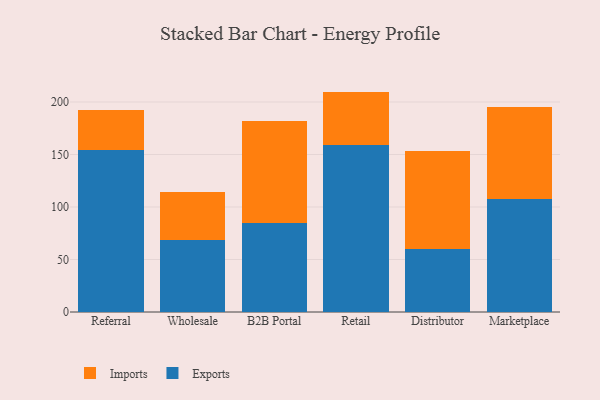
{"axis": {"x": "Channel", "y": "Latency (ms)"}, "legend": ["Exports", "Imports"], "data": [{"x": "Referral", "y": 154.7, "type": "Exports"}, {"x": "Referral", "y": 38.1, "type": "Imports"}, {"x": "Wholesale", "y": 68.5, "type": "Exports"}, {"x": "Wholesale", "y": 45.4, "type": "Imports"}, {"x": "B2B Portal", "y": 84.6, "type": "Exports"}, {"x": "B2B Portal", "y": 96.9, "type": "Imports"}, {"x": "Retail", "y": 159.3, "type": "Exports"}, {"x": "Retail", "y": 50.6, "type": "Imports"}, {"x": "Distributor", "y": 60.0, "type": "Exports"}, {"x": "Distributor", "y": 93.6, "type": "Imports"}, {"x": "Marketplace", "y": 107.8, "type": "Exports"}, {"x": "Marketplace", "y": 87.1, "type": "Imports"}]}